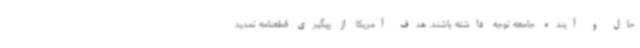
حال و آینده جامعه توجه داشته باشند. هدف آمریکا از پیگیری قطعنامه تمدید